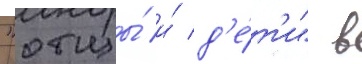
"отцы́ и́ д'е́т'и" в